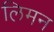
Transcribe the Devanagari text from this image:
लिमन